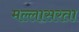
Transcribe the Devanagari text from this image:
मल्लासरता